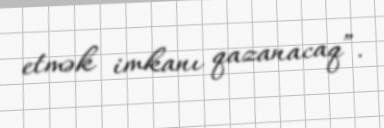
etmək imkanı qazanacaq”.